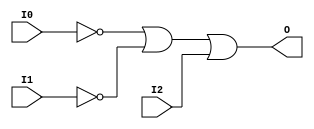
// $Header: /devl/xcs/repo/env/Databases/CAEInterfaces/verunilibs/s/OR3B2.v,v 1.8.22.1 2003/11/18 20:41:39 wloo Exp $

/*

FUNCTION	: 3-INPUT OR GATE

*/

`timescale  100 ps / 10 ps


module OR3B2 (O, I0, I1, I2);

    output O;

    input  I0, I1, I2;

    not N1 (i1_inv, I1);
    not N0 (i0_inv, I0);
    or O1 (O, i0_inv, i1_inv, I2);

    specify
	(I0 *> O) = (0, 0);
	(I1 *> O) = (0, 0);
	(I2 *> O) = (0, 0);
    endspecify

endmodule